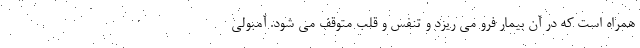
همراه است که در آن بیمار فرو می ریزد و تنفس و قلب متوقف می شود. آمبولی